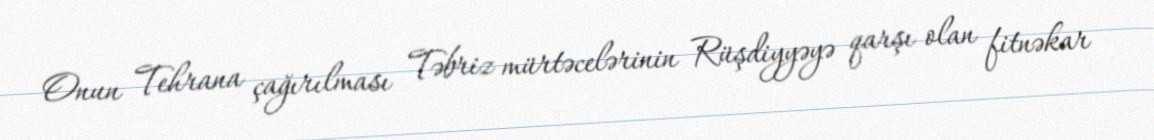
Onun Tehrana çağırılması Təbriz mürtəcelərinin Rüşdiyyəyə qarşı olan fitnəkar